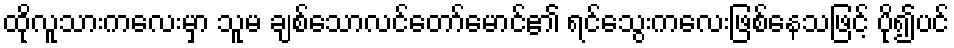
ထိုလူသားကလေးမှာ သူမ ချစ်သောလင်တော်မောင်၏ ရင်သွေးကလေးဖြစ်နေသဖြင့် ပို၍ပင်